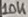
Text: 10K